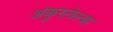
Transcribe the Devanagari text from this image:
अंकुरलेल्या